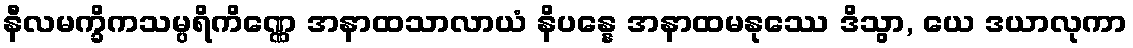
နီလမက္ခိကသမ္ပရိကိဏ္ဏေ အနာထသာလာယံ နိပန္နေ အနာထမနုဿေ ဒိသွာ, ယေ ဒယာလုကာ